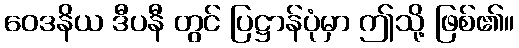
ဝေဒနိယ ဒီပနီ တွင် ပြဋ္ဌာန်ပုံမှာ ဤသို့ ဖြစ်၏။